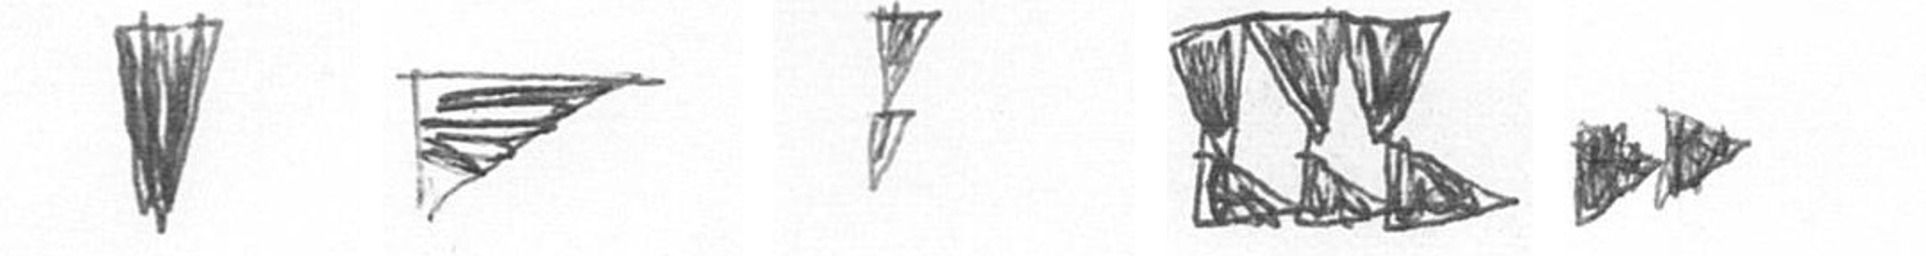
J T Z D A